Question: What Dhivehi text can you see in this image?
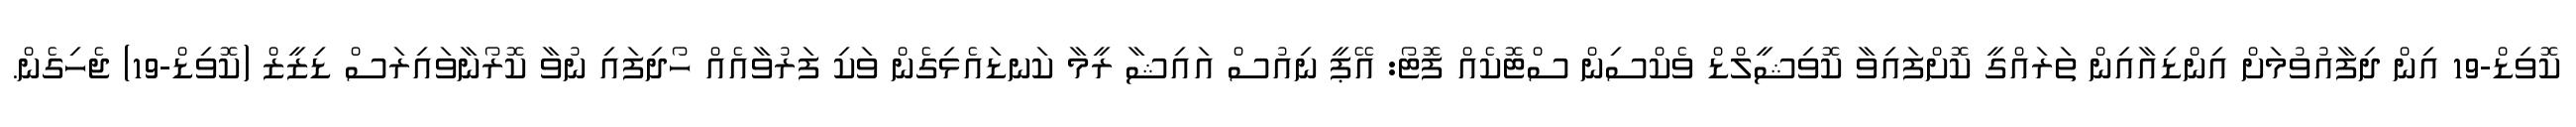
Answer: ކޮވިޑް-19 އިން ދިފާއުވުމަށް އިންޑިއާއިން ތަރައްގީ ކޮށްފައިވާ ކޮވިޝީލްޑް ވެކްސިން ސްޓޮކެއް ފޮޓޯ: އޭޕީ ނިއުސް އައިޝާ ރީމާ ކަނޑައެޅިގެން ވަކި ފަރުވާއެއް ހޯދިފައި ނުވާ ކޮރޯނާވައިރަސް ޑިޒީޒް (ކޮވިޑް-19) ޖެހިގެން.